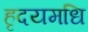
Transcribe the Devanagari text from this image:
हृदयमधि